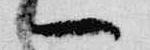
一